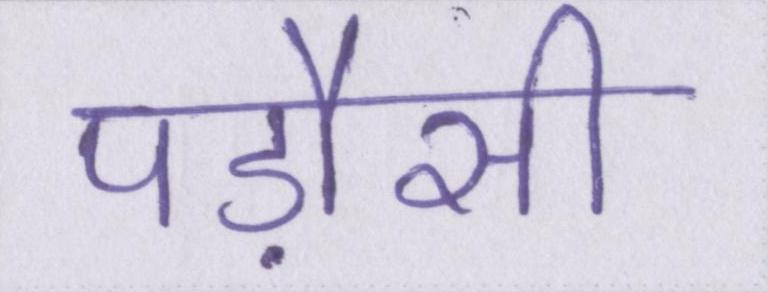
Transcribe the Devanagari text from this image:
पड़ौसी